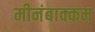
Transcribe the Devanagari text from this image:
मीनंबाक्कम